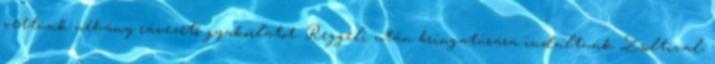
vettünk néhány rávezető gyakorlatot. Reggeli után bringatúrára indultunk Zsoltival,